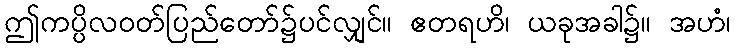
ဤကပ္ပိလဝတ်ပြည်တော်၌ပင်လျှင်။ ဧတရဟိ၊ ယခုအခါ၌။ အဟံ၊